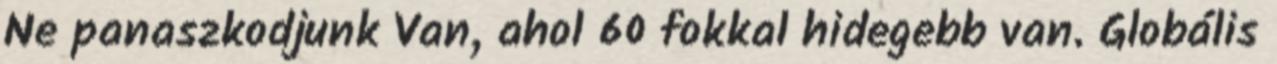
Ne panaszkodjunk Van, ahol 60 fokkal hidegebb van. Globális